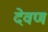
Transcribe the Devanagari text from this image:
देवण